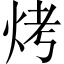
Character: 烤